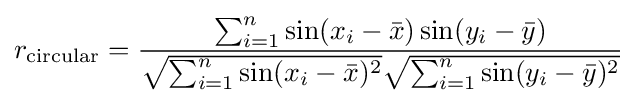
r_{\text{circular}}={\frac {\sum _{i=1}^{n}\sin(x_{i}-{\bar {x}})\sin(y_{i}-{\bar {y}})}{{\sqrt {\sum _{i=1}^{n}\sin(x_{i}-{\bar {x}})^{2}}}{\sqrt {\sum _{i=1}^{n}\sin(y_{i}-{\bar {y}})^{2}}}}}